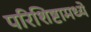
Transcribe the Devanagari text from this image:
परिशिष्टामध्ये